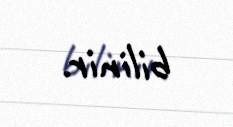
bilinir.